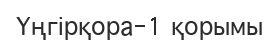
Үңгірқора-1 қорымы